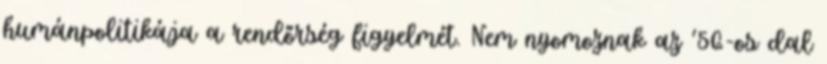
humánpolitikája a rendőrség figyelmét. Nem nyomoznak az ’56-os dal